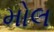
મોલ